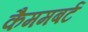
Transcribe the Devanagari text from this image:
कैममबर्ट